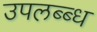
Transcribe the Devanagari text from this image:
उपलब्ब्ध